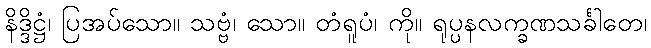
နိဒ္ဒိဋ္ဌံ၊ ပြအပ်သော။ သဗ္ဗံ၊ သော။ တံရူပံ၊ ကို။ ရုပ္ပနလက္ခဏသင်္ခါတေ၊